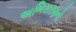
અભિસરણનો